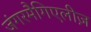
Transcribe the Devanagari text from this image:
जंगरमैगिएलीज़